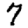
Digit: 7